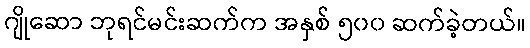
ဂျိုဆော ဘုရင်မင်းဆက်က အနှစ် ၅၀၀ ဆက်ခဲ့တယ်။